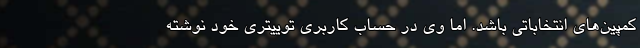
کمپین‌های انتخاباتی باشد. اما وی در حساب کاربری توییتری خود نوشته